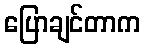
ပြောချင်တာက